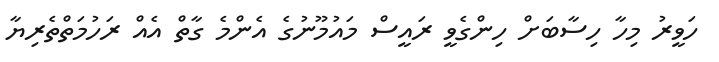
ހަވީރު މިހާ ހިސާބަށް ހިންގެވީ ރައީސް މައުމޫނުގެ އެންމެ ގާތް އެއް ރަހުމަތްތެރިޔާ